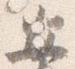
安